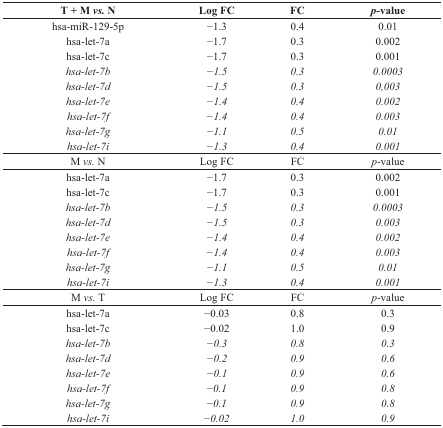
| T + M vs. N | Log FC | FC | p-value |
 | --- | --- | --- | --- |
 | hsa-miR-129-5p | −1.3 | 0.4 | 0.01 |
 | hsa-let-7a | −1.7 | 0.3 | 0.002 |
 | hsa-let-7c | −1.7 | 0.3 | 0.001 |
 | hsa-let-7b | −1.5 | 0.3 | 0.0003 |
 | hsa-let-7d | −1.5 | 0.3 | 0,003 |
 | hsa-let-7e | −1.4 | 0.4 | 0.002 |
 | hsa-let-7f | −1.4 | 0.4 | 0.003 |
 | hsa-let-7g | −1.1 | 0.5 | 0.01 |
 | hsa-let-7i | −1.3 | 0.4 | 0.001 |
 | M vs. N | Log FC | FC | p-value |
 | hsa-let-7a | −1.7 | 0.3 | 0.002 |
 | hsa-let-7c | −1.7 | 0.3 | 0.001 |
 | hsa-let-7b | −1.5 | 0.3 | 0.0003 |
 | hsa-let-7d | −1.5 | 0.3 | 0.003 |
 | hsa-let-7e | −1.4 | 0.4 | 0.002 |
 | hsa-let-7f | −1.4 | 0.4 | 0.003 |
 | hsa-let-7g | −1.1 | 0.5 | 0.01 |
 | hsa-let-7i | −1.3 | 0.4 | 0.001 |
 | M vs. T | Log FC | FC | p-value |
 | hsa-let-7a | −0.03 | 0.8 | 0.3 |
 | hsa-let-7c | −0.02 | 1.0 | 0.9 |
 | hsa-let-7b | −0.3 | 0.8 | 0.3 |
 | hsa-let-7d | −0.2 | 0.9 | 0.6 |
 | hsa-let-7e | −0.1 | 0.9 | 0.6 |
 | hsa-let-7f | −0.1 | 0.9 | 0.8 |
 | hsa-let-7g | −0.1 | 0.9 | 0.8 |
 | hsa-let-7i | −0.02 | 1.0 | 0.9 |